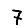
Digit: 7